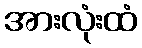
အားလုံးထံ